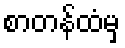
စာတန်ထံမှ